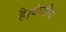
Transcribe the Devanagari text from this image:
है।बीजीय